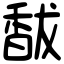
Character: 馛